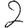
Digit: 2